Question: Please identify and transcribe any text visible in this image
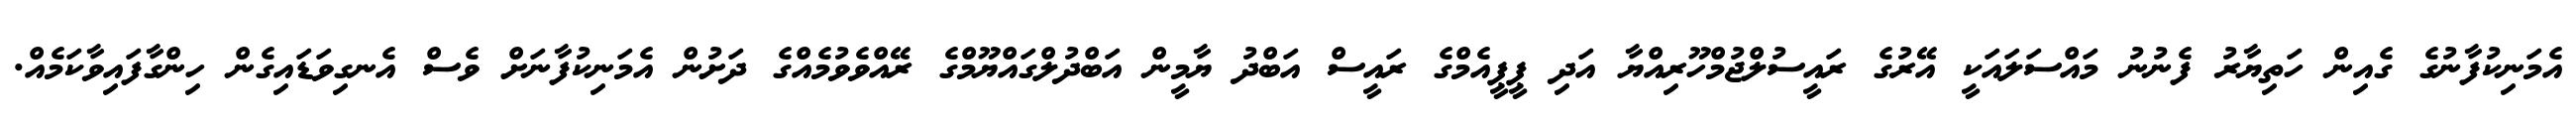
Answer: އެމަނިކުފާނުގެ ގެއިން ހަތިޔާރު ފެނުނު މައްސަލައަކީ އޭރުގެ ރައީސުލްޖުމްހޫރިއްޔާ އަދި ޕީޕީއެމްގެ ރައީސް އަބްދު ޔާމީން އަބްދުލްގައްޔޫމްގެ ރޭއްވެވުމެއްގެ ދަށުން އެމަނިކުފާނަށް ވެސް އެނގިވަޑައިގެން ހިންގާފައިވާކަމެއް.